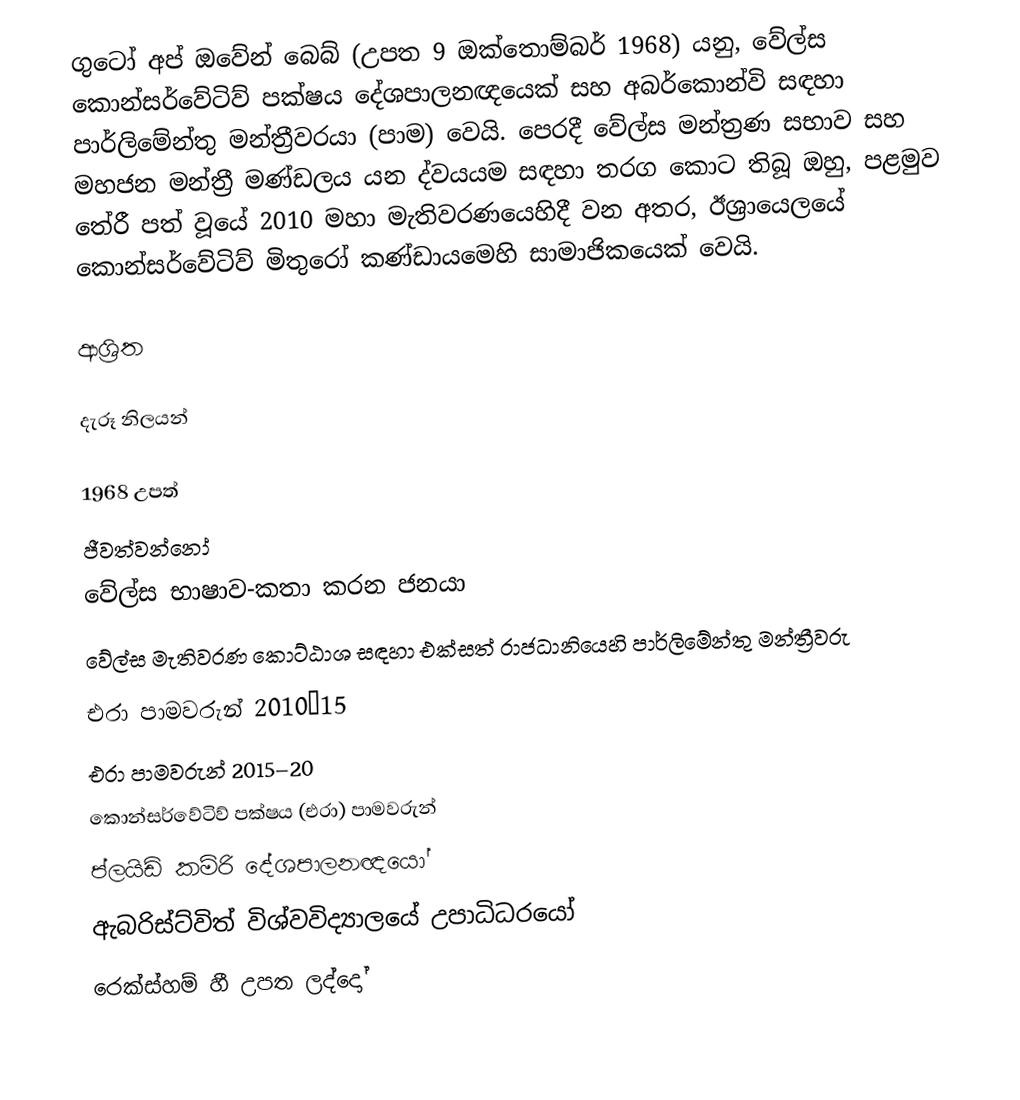
ගුටෝ අප් ඔවේන් බෙබ් (උපත 9 ඔක්තොම්බර් 1968) යනු,  වේල්ස  කොන්සර්වේටිව් පක්ෂය දේශපාලනඥයෙක් සහ  අබර්කොන්වි සඳහා පාර්ලිමේන්තු මන්ත්‍රීවරයා (පාම) වෙයි. පෙරදී වේල්ස මන්ත්‍රණ සභාව සහ  මහජන මන්ත්‍රී මණ්ඩලය යන ද්වයයම සඳහා තරග කොට තිබූ ඔහු, පළමුව තේරී පත් වූයේ 2010 මහා මැතිවරණයෙහිදී වන අතර, ඊශ්‍රායෙලයේ කොන්සර්වේටිව් මිතුරෝ කණ්ඩායමෙහි සාමාජිකයෙක් වෙයි.

ආශ්‍රිත

දැරූ නිලයන්

1968 උපත්
ජීවත්වන්නෝ
වේල්ස භාෂාව-කතා කරන ජනයා
වේල්ස මැතිවරණ කොට්ඨාශ සඳහා එක්සත් රාජධානියෙහි පාර්ලිමේන්තු මන්ත්‍රීවරු
එරා පාමවරුන් 2010–15
එරා පාමවරුන් 2015–20
කොන්සර්වේටිව් පක්ෂය (එරා) පාමවරුන්
ප්ලයිඩ් කම්රි දේශපාලනඥයෝ
 ඇබරිස්ට්විත් විශ්වවිද්‍යාලයේ උපාධිධරයෝ
 රෙක්ස්හම් හී උපත ලද්දෝ